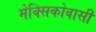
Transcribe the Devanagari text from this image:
मेक्सिकोवासी